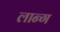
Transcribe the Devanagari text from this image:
लान्ग